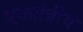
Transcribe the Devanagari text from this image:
एकतंत्रीय